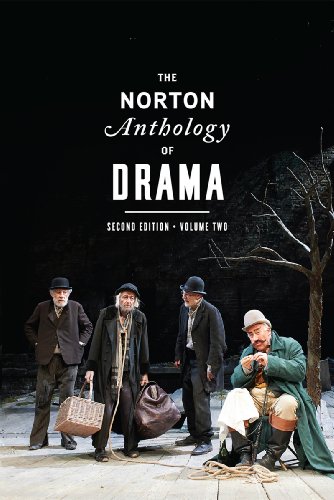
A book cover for The Norton Anthology of Drama (Second Edition)  (Vol. 2); Literature & Fiction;